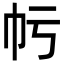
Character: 𢁢